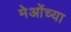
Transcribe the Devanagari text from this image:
मेओंच्या